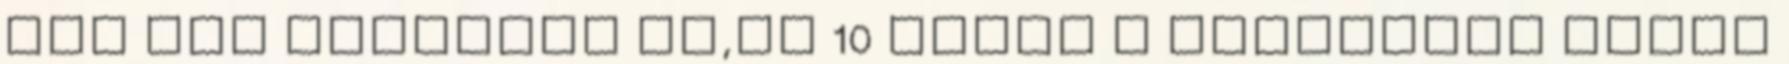
ezt nem fogadják el,és 10 ember a Megyeháza előtt